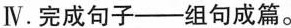
Ⅳ.完成句子——组句成篇。